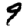
Digit: 9